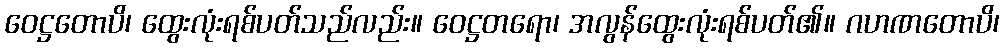
ဝေဋ္ဌတောပိ၊ ထွေးလုံးရစ်ပတ်သည်လည်း။ ဝေဋ္ဌတရော၊ အလွန်ထွေးလုံးရစ်ပတ်၏။ ဂဟဏတောပိ၊